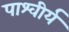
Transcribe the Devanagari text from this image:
पाश्वीर्य